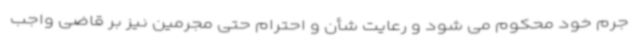
جرم خود محکوم می شود و رعایت شأن و احترام حتی مجرمین نیز بر قاضی واجب